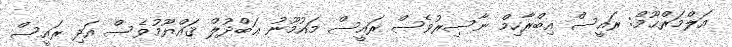
އަލްމަރްޙޫމް: ރައީސް އިބްރާހިމް ނާސިރުވެސް ރައީސް މައުމޫނު ޢަބްދުލް ޤައްޔޫމުވެސް އަދި ރައީސް